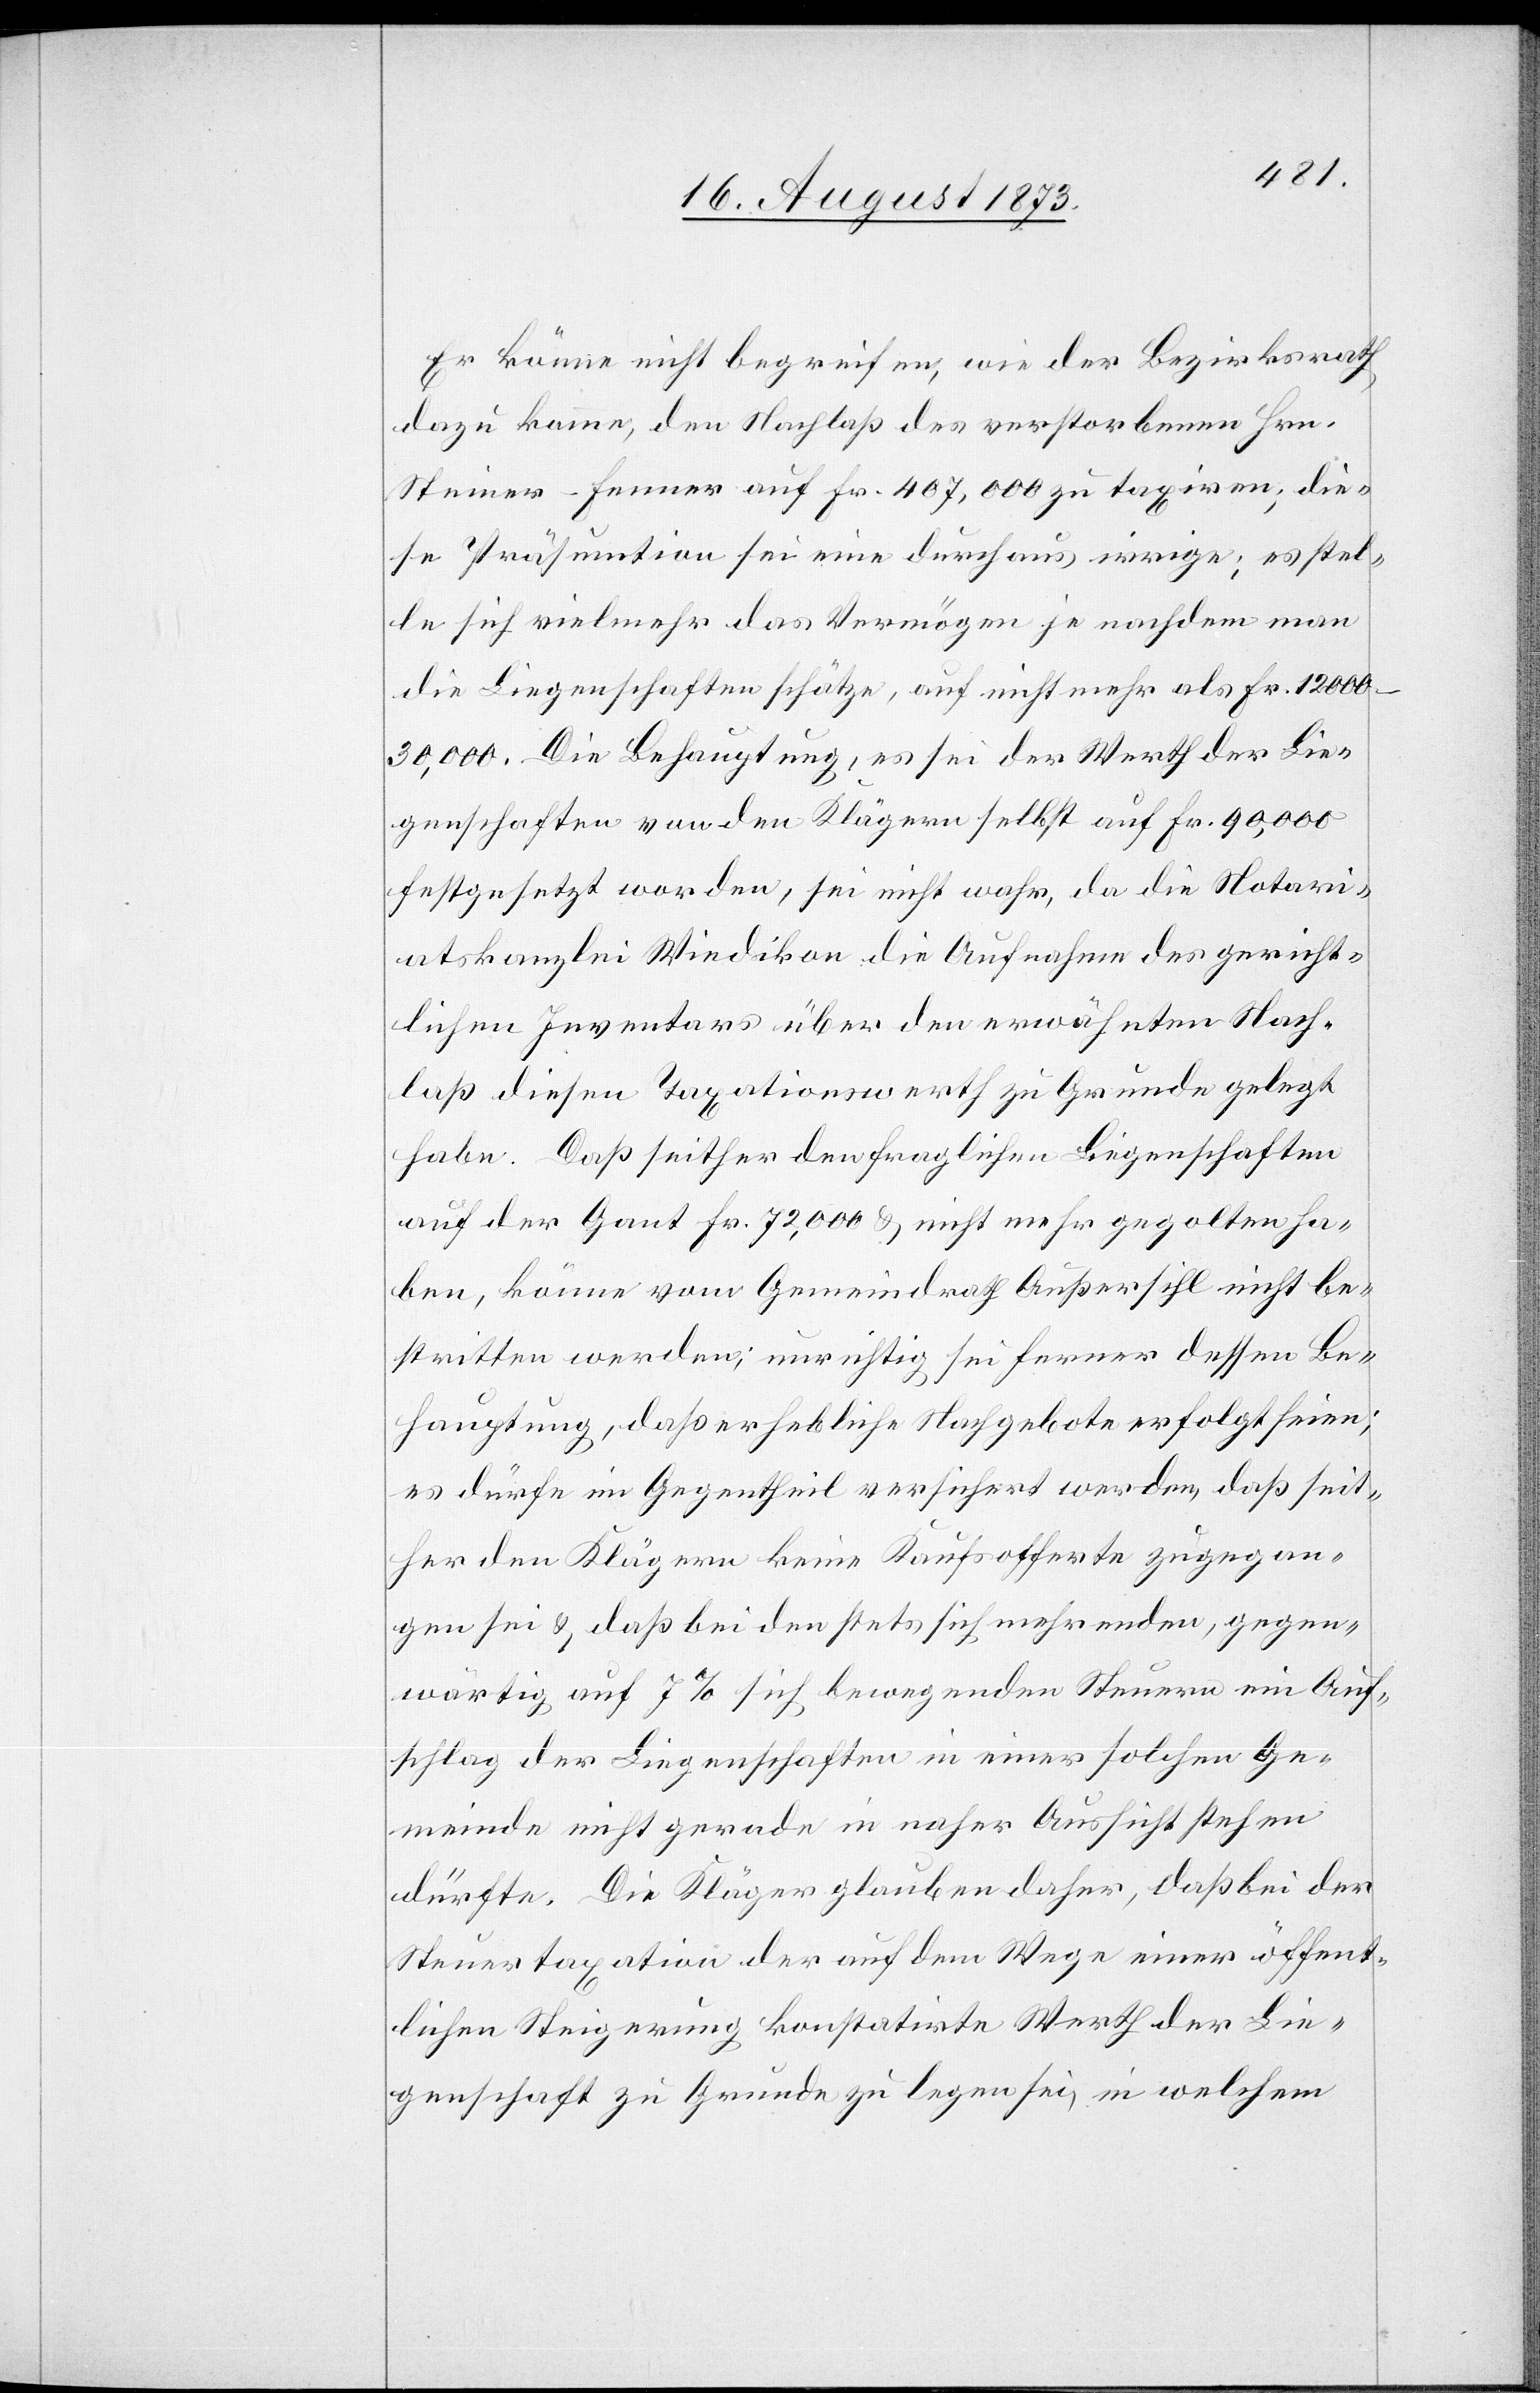
Er könne nicht begreifen, wie der Bezirksrath
dazu komme, den Nachlaß des verstorbenen Hrn.
Steiner-Fenner auf Fr. 407,000 zu taxiren; die¬
se Präsumtion sei eine durchaus irrige; es stel¬
le sich vielmehr das Vermögen je nachdem man
die Liegenschaften schätze, auf nicht mehr als Fr. 12
000–30,000. Die Behauptung, es sei der Werth der Lie¬
genschaften von den Klägern selbst auf Fr. 90,000
festgesetzt worden, sei nicht wahr, da die Notari¬
atskanzlei Wiedikon die Aufnahme des gericht¬
lichen Inventars über den erwähnten Nach¬
laß diesen Taxationswerth zu Grunde gelegt
habe. Daß seither den fraglichen Liegenschaften
auf der Gant Fr. 72,000 & nicht mehr gegolten ha¬
ben, könne vom Gemeindrath Außersihl nicht be¬
stritten werden; unrichtig sei ferner dessen Be¬
hauptung, daß erhebliche Nachgebote erfolgt seien;
es dürfe im Gegentheil versichert werden, daß seit¬
her den Klägern keine Kaufsofferte zugegan¬
gen sei & daß bei den stets sich mehrenden, gegen¬
wärtig auf 7% sich bewegenden Steuern ein Auf¬
schlag der Liegenschaften in einer solchen Ge¬
meinde nicht gerade in naher Aussicht stehen
dürfte. Die Kläger glauben daher, daß bei der
Steuertaxation der auf dem Wege einer öffent¬
lichen Steigerung konstatirte Werth der Lie¬
genschaft zu Grunde zu legen sei, in welchem